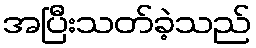
အပြီးသတ်ခဲ့သည်